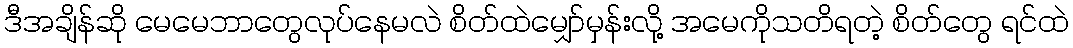
ဒီအချိန်ဆို မေမေဘာတွေလုပ်နေမလဲ စိတ်ထဲမျှော်မှန်းလို့ အမေကိုသတိရတဲ့ စိတ်တွေ ရင်ထဲ